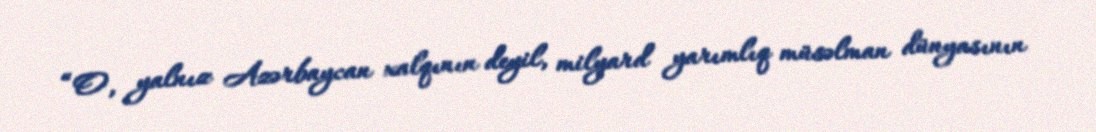
“O, yalnız Azərbaycan xalqının deyil, milyard yarımlıq müsəlman dünyasının